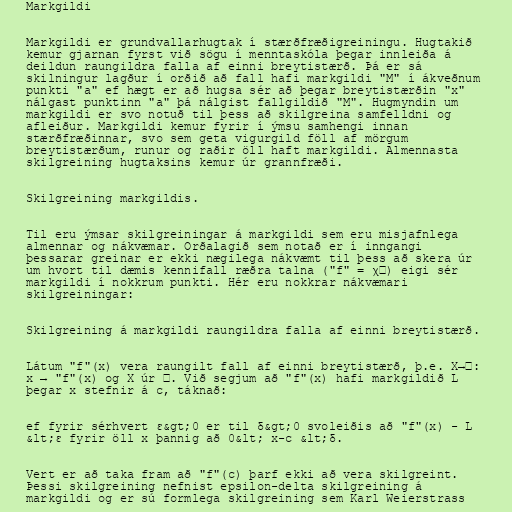
Markgildi

Markgildi er grundvallarhugtak í stærðfræðigreiningu. Hugtakið
kemur gjarnan fyrst við sögu í menntaskóla þegar innleiða á
deildun raungildra falla af einni breytistærð. Þá er sá
skilningur lagður í orðið að fall hafi markgildi "M" í ákveðnum
punkti "a" ef hægt er að hugsa sér að þegar breytistærðin "x"
nálgast punktinn "a" þá nálgist fallgildið "M". Hugmyndin um
markgildi er svo notuð til þess að skilgreina samfelldni og
afleiður. Markgildi kemur fyrir í ýmsu samhengi innan
stærðfræðinnar, svo sem geta vigurgild föll af mörgum
breytistærðum, runur og raðir öll haft markgildi. Almennasta
skilgreining hugtaksins kemur úr grannfræði.

Skilgreining markgildis.

Til eru ýmsar skilgreiningar á markgildi sem eru misjafnlega
almennar og nákvæmar. Orðalagið sem notað er í inngangi
þessarar greinar er ekki nægilega nákvæmt til þess að skera úr
um hvort til dæmis kennifall ræðra talna ("f" = χℚ) eigi sér
markgildi í nokkrum punkti. Hér eru nokkrar nákvæmari
skilgreiningar:

Skilgreining á markgildi raungildra falla af einni breytistærð.

Látum "f"(x) vera raungilt fall af einni breytistærð, þ.e. X→ℝ:
x → "f"(x) og X úr ℝ. Við segjum að "f"(x) hafi markgildið L
þegar x stefnir á c, táknað:

ef fyrir sérhvert ε&gt;0 er til δ&gt;0 svoleiðis að "f"(x) - L
&lt;ε fyrir öll x þannig að 0&lt; x-c &lt;δ.

Vert er að taka fram að "f"(c) þarf ekki að vera skilgreint.
Þessi skilgreining nefnist epsilon-delta skilgreining á
markgildi og er sú formlega skilgreining sem Karl Weierstrass